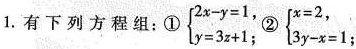
①$$\left\{\begin{matrix}